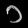
Digit: ၁